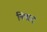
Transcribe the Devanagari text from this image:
निपाद